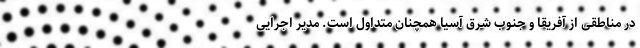
در مناطقی از آفریقا و جنوب شرق آسیا همچنان متداول است. مدیر اجرایی